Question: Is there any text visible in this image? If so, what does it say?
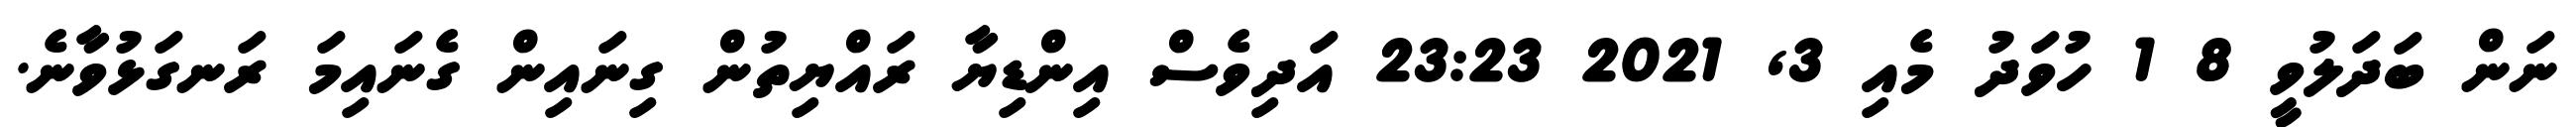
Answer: ނަން ބަދަލުވީ 8 1 ހުވަދު މެއި 3, 2021 23:23 އަދިވެސް އިންޑިޔާ ރައްޔިތުން ގިނައިން ގެނައިމަ ރަނގަޅުވާނެ.